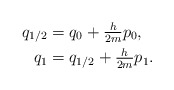
\begin{align*} \begin{aligned} q_{1/2} &= q_0 + \tfrac{h}{2m} p_0, \\ q_1 &=q_{1/2} + \tfrac{h}{2m} p_1.\end{aligned}\end{align*}